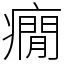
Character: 癇